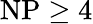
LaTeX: {\mathrm{NP}}\geq 4